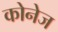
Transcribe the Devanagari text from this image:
कोनेज